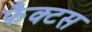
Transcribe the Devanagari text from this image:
फैक्टस